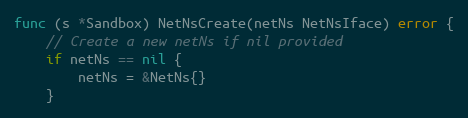
Language: Go
func (s *Sandbox) NetNsCreate(netNs NetNsIface) error {
	// Create a new netNs if nil provided
	if netNs == nil {
		netNs = &NetNs{}
	}